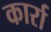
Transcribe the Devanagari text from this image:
कार्रा